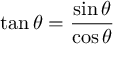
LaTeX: \tan \theta = { \frac { \sin \theta } { \cos \theta } }